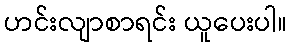
ဟင်းလျာစာရင်း ယူပေးပါ။